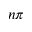
n \pi